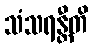
သံသရန္တီတိ